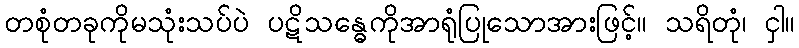
တစုံတခုကိုမသုံးသပ်ပဲ ပဋိသန္ဓေကိုအာရုံပြုသောအားဖြင့်။ သရိတုံ၊ ငှါ။